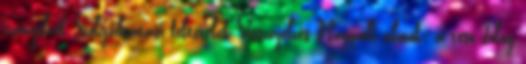
irányelvek Szolgáltatási feltételek Visszajelzés Nappali álmok: a tesó dolog